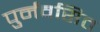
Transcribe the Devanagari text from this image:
पुर्नवसित